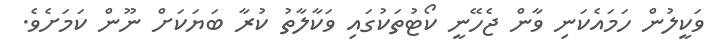
ވަކީލުން ހަމައެކަނި ވާން ޖެހޭނީ ކޯޓުތަކުގައި ވަކާލާތު ކުރާ ބަޔަކަށް ނޫން ކަމަށެވެ.